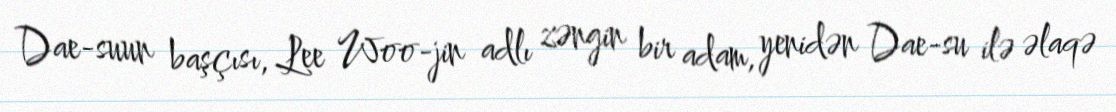
Dae-suun başçısı, Lee Woo-jin adlı zəngin bir adam, yenidən Dae-su ilə əlaqə